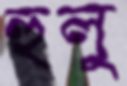
হুলু